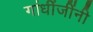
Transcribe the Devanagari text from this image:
गांधींजींनी